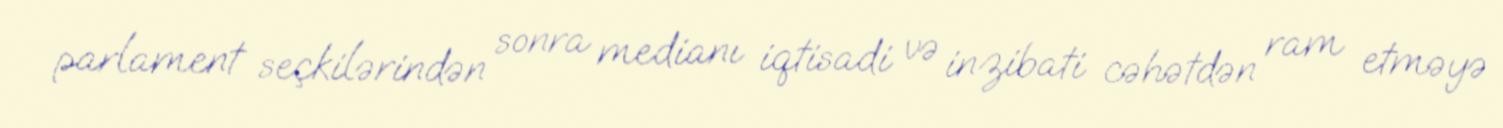
parlament seçkilərindən sonra medianı iqtisadi və inzibati cəhətdən ram etməyə